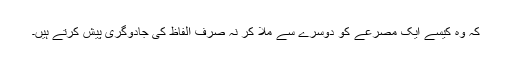
کہ وہ کیسے ایک مصرعے کو دوسرے سے مِلا کر نہ صرف الفاظ کی جادوگری پیش کرتے ہیں۔